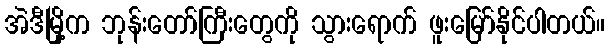
အဲဒီမြို့က ဘုန်းတော်ကြီးတွေကို သွားရောက် ဖူးမြော်နိုင်ပါတယ်။